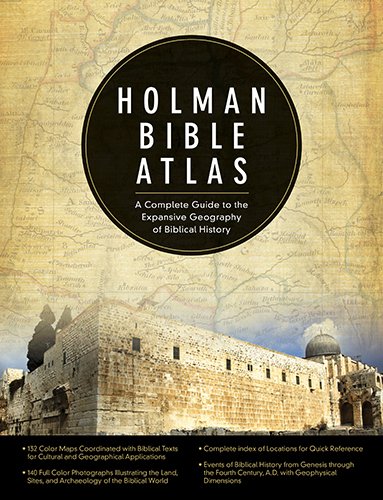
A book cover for Holman Bible Atlas: A Complete Guide to the Expansive Geography of Biblical History; Christian Books & Bibles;